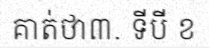
គាត់ថា៣. ទីបី ខ